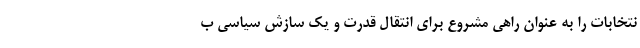
نتخابات را به عنوان راهی مشروع برای انتقال قدرت و یک سازش سیاسی ب